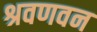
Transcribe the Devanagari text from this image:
श्रवणवन